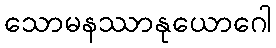
သောမနဿာနုယောဂေါ